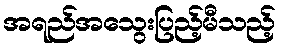
အရည်အသွေးပြည့်မီသည့်